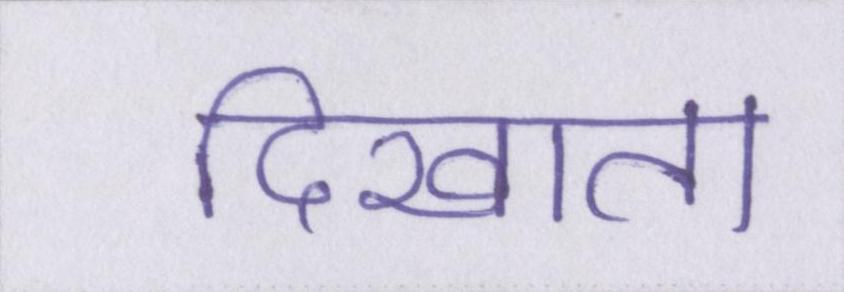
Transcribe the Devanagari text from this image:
दिखाता